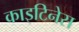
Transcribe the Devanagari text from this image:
काइटिनेस